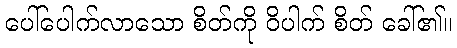
ပေါ်ပေါက်လာသော စိတ်ကို ဝိပါက် စိတ် ခေါ်၏။